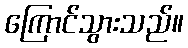
ကြောင်သွားသည်။